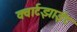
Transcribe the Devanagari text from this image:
क्वार्टझाईट